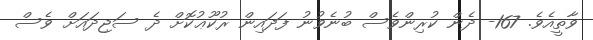
ވާތީއެވެ. 167- ދެން ކުރިންވެސް ބުނެވުނު ފަދައިން ރުކޫޢުކޮށް ދެ ސަޖިދައަށް ވެސް